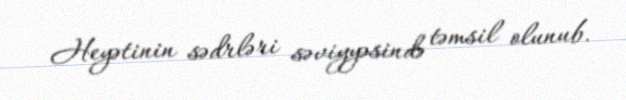
Heyətinin sədrləri səviyyəsində təmsil olunub.